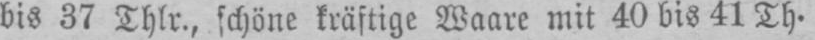
bis 37 Thlr., schöne kräftige Waare mit 40 bis 41 Th.